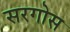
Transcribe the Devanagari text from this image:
सरगोस